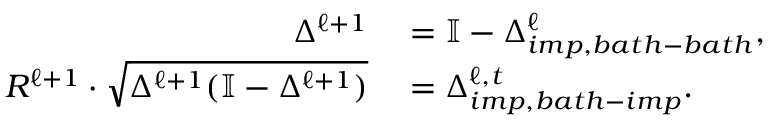
\begin{array} { r l } { \Delta ^ { \ell + 1 } } & { { } = \mathbb { I } - \Delta _ { i m p , b a t h - b a t h } ^ { \ell } , } \\ { R ^ { \ell + 1 } \cdot \sqrt { \Delta ^ { \ell + 1 } ( \mathbb { I } - \Delta ^ { \ell + 1 } ) } } & { { } = \Delta _ { i m p , b a t h - i m p } ^ { \ell , t } . } \end{array}